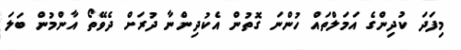
މިފަދަ ކުދިންގެ އަމަލްތައް ހުންނަ ގޮތުން އެކުދިންނާ ދުރަށް ދެވޭތޯ އާންމުން ބަލަ